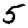
Digit: 5